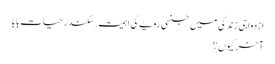
ازدواجی زندگی میں جنسی رویے کی اہمیت . سکندر حیات بابا
آخر کیوں ؟